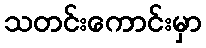
သတင်းကောင်းမှာ